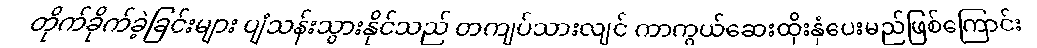
တိုက်ခိုက်ခဲ့ခြင်းများ ပျံသန်းသွားနိုင်သည် တကျပ်သားလျင် ကာကွယ်ဆေးထိုးနှံပေးမည်ဖြစ်ကြောင်း